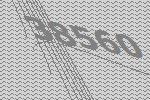
38560